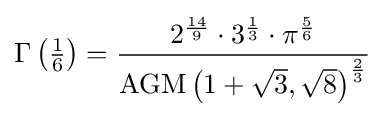
\Gamma \left({\tfrac {1}{6}}\right)={\frac {2^{\frac {14}{9}}\cdot 3^{\frac {1}{3}}\cdot \pi ^{\frac {5}{6}}}{\operatorname {AGM} \left(1+{\sqrt {3}},{\sqrt {8}}\right)^{\frac {2}{3}}}}